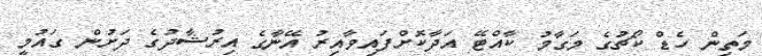
މަތިން ހެޑް ކޯޗުގެ މަގާމު ކާއްޓޭ އަދާކޮށްފައިވާއިރު އޭނާގެ އިރުޝާދުގެ ދަށުން ގައުމީ